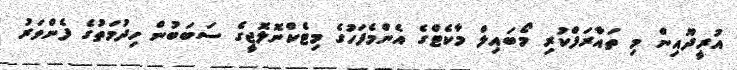
އުރީދޫއިން މި ތައާރަފްކުރި މޯބައިލް މާކެޓްގެ އެންމެފަހުގެ މިޓެކްނޮލޮޖީގެ ސަބަބުން ހިދުމަތުގެ ފެންވަރު